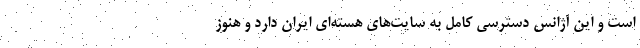
است و این آژانس دسترسی کامل به سایت‌های هسته‌ای ایران دارد و هنوز